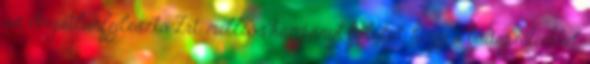
az Ingatlanfejlesztő Zrt. milliós kampányt folytat, hogy a budapestiekkel